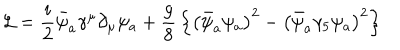
{ \cal L } = { \frac { i } { 2 } } \bar { \psi } _ { a } \gamma ^ { \mu } \partial _ { \mu } \psi _ { a } + { \frac { g } { 8 } } \left\{ \left( \bar { \psi } _ { a } \psi _ { a } \right) ^ { 2 } - \left( \bar { \psi } _ { a } \gamma _ { 5 } \psi _ { a } \right) ^ { 2 } \right\}